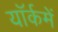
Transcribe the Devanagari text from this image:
यॉर्कमें